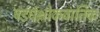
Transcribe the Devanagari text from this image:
षडर्धश्लोकवार्तिक